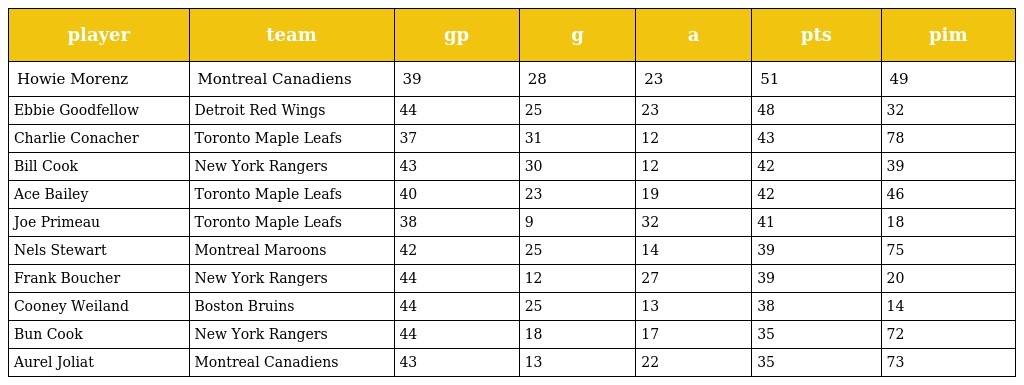
| player | team | gp | g | a | pts | pim |
 | --- | --- | --- | --- | --- | --- | --- |
 | Howie Morenz | Montreal Canadiens | 39 | 28 | 23 | 51 | 49 |
 | Ebbie Goodfellow | Detroit Red Wings | 44 | 25 | 23 | 48 | 32 |
 | Charlie Conacher | Toronto Maple Leafs | 37 | 31 | 12 | 43 | 78 |
 | Bill Cook | New York Rangers | 43 | 30 | 12 | 42 | 39 |
 | Ace Bailey | Toronto Maple Leafs | 40 | 23 | 19 | 42 | 46 |
 | Joe Primeau | Toronto Maple Leafs | 38 | 9 | 32 | 41 | 18 |
 | Nels Stewart | Montreal Maroons | 42 | 25 | 14 | 39 | 75 |
 | Frank Boucher | New York Rangers | 44 | 12 | 27 | 39 | 20 |
 | Cooney Weiland | Boston Bruins | 44 | 25 | 13 | 38 | 14 |
 | Bun Cook | New York Rangers | 44 | 18 | 17 | 35 | 72 |
 | Aurel Joliat | Montreal Canadiens | 43 | 13 | 22 | 35 | 73 |